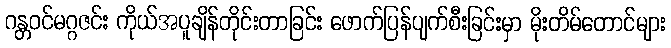
ဂန္တဝင်မဂ္ဂဇင်း ကိုယ်အပူချိန်တိုင်းတာခြင်း ဖောက်ပြန်ပျက်စီးခြင်းမှာ မိုးတိမ်တောင်များ